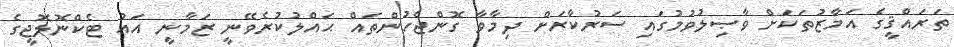
ތަރައްޤީގެ އަމާޒުތަކަށް ވާޞިލުވުމުގައި ސަރުކާރަށް ދިމާވާ ގޮންޖެހުންތައް ޙައްލުކުރެވޭނީ ޒަމާނީ އައު ޓެކްނޮލޮޖީގެ